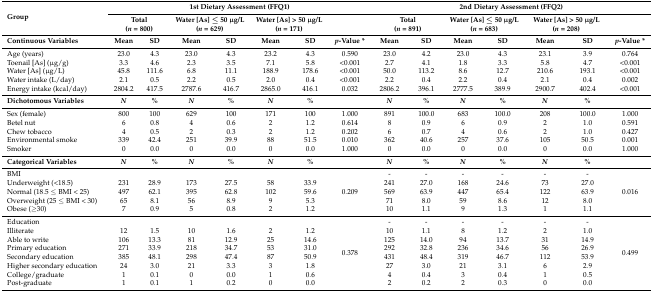
<table><thead><tr><td rowspan="2"><b>Group</b></td><td colspan="7"><b>1st Dietary Assessment (FFQ1)</b></td><td colspan="7"><b>2nd Dietary Assessment (FFQ2)</b></td></tr><tr><td colspan="2"><b>Total (<i>n</i> = 800)</b></td><td colspan="2"><b>Water [As] ≤ 50 μg/L (<i>n</i> = 629)</b></td><td colspan="2"><b>Water [As] &gt; 50 μg/L (<i>n</i> = 171)</b></td><td></td><td colspan="2"><b>Total (<i>n</i> = 891)</b></td><td colspan="2"><b>Water [As] ≤ 50 μg/L (<i>n</i> = 683)</b></td><td colspan="2"><b>Water [As] &gt; 50 μg/L (<i>n</i> = 208)</b></td><td></td></tr><tr><td><b>Continuous Variables</b></td><td><b>Mean</b></td><td><b>SD</b></td><td><b>Mean</b></td><td><b>SD</b></td><td><b>Mean</b></td><td><b>SD</b></td><td><b><i>p</i>-Value *</b></td><td><b>Mean</b></td><td><b>SD</b></td><td><b>Mean</b></td><td><b>SD</b></td><td><b>Mean</b></td><td><b>SD</b></td><td><b><i>p</i>-Value *</b></td></tr></thead><tbody><tr><td>Age (years)</td><td>23.0</td><td>4.3</td><td>23.0</td><td>4.3</td><td>23.2</td><td>4.3</td><td>0.590</td><td>23.0</td><td>4.2</td><td>23.0</td><td>4.3</td><td>23.1</td><td>3.9</td><td>0.764</td></tr><tr><td>Toenail [As] (μg/g)</td><td>3.3</td><td>4.6</td><td>2.3</td><td>3.5</td><td>7.1</td><td>5.8</td><td>&lt;0.001</td><td>2.7</td><td>4.1</td><td>1.8</td><td>3.3</td><td>5.8</td><td>4.7</td><td>&lt;0.001</td></tr><tr><td>Water [As] (μg/L)</td><td>45.8</td><td>111.6</td><td>6.8</td><td>11.1</td><td>188.9</td><td>178.6</td><td>&lt;0.001</td><td>50.0</td><td>113.2</td><td>8.6</td><td>12.7</td><td>210.6</td><td>193.1</td><td>&lt;0.001</td></tr><tr><td>Water intake (L/day)</td><td>2.1</td><td>0.5</td><td>2.2</td><td>0.5</td><td>2.0</td><td>0.4</td><td>&lt;0.001</td><td>2.2</td><td>0.4</td><td>2.2</td><td>0.4</td><td>2.1</td><td>0.4</td><td>0.002</td></tr><tr><td>Energy intake (kcal/day)</td><td>2804.2</td><td>417.5</td><td>2787.6</td><td>416.7</td><td>2865.0</td><td>416.1</td><td>0.032</td><td>2806.2</td><td>396.1</td><td>2777.5</td><td>389.9</td><td>2900.7</td><td>402.4</td><td>&lt;0.001</td></tr><tr><td><b>Dichotomous Variables</b></td><td><i><b>N</b></i></td><td><b>%</b></td><td><i><b>N</b></i></td><td><b>%</b></td><td><i><b>N</b></i></td><td><b>%</b></td><td></td><td><i><b>N</b></i></td><td><b>%</b></td><td><i><b>N</b></i></td><td><b>%</b></td><td><i><b>N</b></i></td><td><b>%</b></td><td></td></tr><tr><td>Sex (female)</td><td>800</td><td>100</td><td>629</td><td>100</td><td>171</td><td>100</td><td>1.000</td><td>891</td><td>100.0</td><td>683</td><td>100.0</td><td>208</td><td>100.0</td><td>1.000</td></tr><tr><td>Betel nut</td><td>6</td><td>0.8</td><td>4</td><td>0.6</td><td>2</td><td>1.2</td><td>0.614</td><td>8</td><td>0.9</td><td>6</td><td>0.9</td><td>2</td><td>1.0</td><td>0.591</td></tr><tr><td>Chew tobacco</td><td>4</td><td>0.5</td><td>2</td><td>0.3</td><td>2</td><td>1.2</td><td>0.202</td><td>6</td><td>0.7</td><td>4</td><td>0.6</td><td>2</td><td>1.0</td><td>0.427</td></tr><tr><td>Environmental smoke</td><td>339</td><td>42.4</td><td>251</td><td>39.9</td><td>88</td><td>51.5</td><td>0.010</td><td>362</td><td>40.6</td><td>257</td><td>37.6</td><td>105</td><td>50.5</td><td>0.001</td></tr><tr><td>Smoker</td><td>0</td><td>0.0</td><td>0</td><td>0.0</td><td>0</td><td>0.0</td><td>1.000</td><td>0</td><td>0.0</td><td>0</td><td>0.0</td><td>0</td><td>0.0</td><td>1.000</td></tr><tr><td><b>Categorical Variables</b></td><td><i><b>N</b></i></td><td><b>%</b></td><td><i><b>N</b></i></td><td><b>%</b></td><td><i><b>N</b></i></td><td><b>%</b></td><td></td><td><i><b>N</b></i></td><td><b>%</b></td><td><i><b>N</b></i></td><td><b>%</b></td><td><i><b>N</b></i></td><td><b>%</b></td><td></td></tr><tr><td>BMI</td><td></td><td></td><td></td><td></td><td></td><td></td><td rowspan="5">0.209</td><td>-</td><td>-</td><td>-</td><td>-</td><td>-</td><td>-</td><td rowspan="5">0.016</td></tr><tr><td>Underweight (&lt;18.5)</td><td>231</td><td>28.9</td><td>173</td><td>27.5</td><td>58</td><td>33.9</td><td>241</td><td>27.0</td><td>168</td><td>24.6</td><td>73</td><td>27.0</td></tr><tr><td>Normal (18.5 ≤ BMI &lt; 25)</td><td>497</td><td>62.1</td><td>395</td><td>62.8</td><td>102</td><td>59.6</td><td>569</td><td>63.9</td><td>447</td><td>65.4</td><td>122</td><td>63.9</td></tr><tr><td>Overweight (25 ≤ BMI &lt; 30)</td><td>65</td><td>8.1</td><td>56</td><td>8.9</td><td>9</td><td>5.3</td><td>71</td><td>8.0</td><td>59</td><td>8.6</td><td>12</td><td>8.0</td></tr><tr><td>Obese (≥30)</td><td>7</td><td>0.9</td><td>5</td><td>0.8</td><td>2</td><td>1.2</td><td>10</td><td>1.1</td><td>9</td><td>1.3</td><td>1</td><td>1.1</td></tr><tr><td>Education</td><td></td><td></td><td></td><td></td><td></td><td></td><td rowspan="8">0.378</td><td>-</td><td>-</td><td>-</td><td>-</td><td>-</td><td>-</td><td rowspan="8">0.499</td></tr><tr><td>Illiterate</td><td>12</td><td>1.5</td><td>10</td><td>1.6</td><td>2</td><td>1.2</td><td>10</td><td>1.1</td><td>8</td><td>1.2</td><td>2</td><td>1.0</td></tr><tr><td>Able to write</td><td>106</td><td>13.3</td><td>81</td><td>12.9</td><td>25</td><td>14.6</td><td>125</td><td>14.0</td><td>94</td><td>13.7</td><td>31</td><td>14.9</td></tr><tr><td>Primary education</td><td>271</td><td>33.9</td><td>218</td><td>34.7</td><td>53</td><td>31.0</td><td>292</td><td>32.8</td><td>236</td><td>34.6</td><td>56</td><td>26.9</td></tr><tr><td>Secondary education</td><td>385</td><td>48.1</td><td>298</td><td>47.4</td><td>87</td><td>50.9</td><td>431</td><td>48.4</td><td>319</td><td>46.7</td><td>112</td><td>53.9</td></tr><tr><td>Higher secondary education</td><td>24</td><td>3.0</td><td>21</td><td>3.3</td><td>3</td><td>1.8</td><td>27</td><td>3.0</td><td>21</td><td>3.1</td><td>6</td><td>2.9</td></tr><tr><td>College/graduate</td><td>1</td><td>0.1</td><td>0</td><td>0.0</td><td>1</td><td>0.6</td><td>4</td><td>0.4</td><td>3</td><td>0.4</td><td>1</td><td>0.5</td></tr><tr><td>Post-graduate</td><td>1</td><td>0.1</td><td>1</td><td>0.2</td><td>0</td><td>0.0</td><td>2</td><td>0.2</td><td>2</td><td>0.3</td><td>0</td><td>0.0</td></tr></tbody></table>